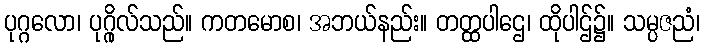
ပုဂ္ဂလော၊ ပုဂ္ဂိုလ်သည်။ ကတမောစ၊ အဘယ်နည်း။ တတ္ထပါဌေ၊ ထိုပါဌ်၌။ သမ္ပဇညံ၊